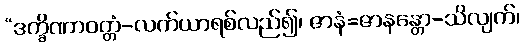
“ဒက္ခိဏာဝတ္တံ-လက်ယာရစ်လည်၍၊ ဇာနံ=ဇာနန္တော-သိလျက်၊